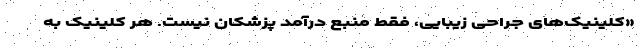
«کلینیک‌های جراحی زیبایی، فقط منبع درآمد پزشکان نیست. هر کلینیک به